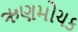
ઋણમોચક